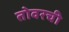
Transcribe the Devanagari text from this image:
तोवरची